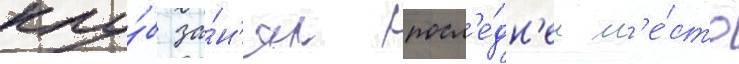
клу́б за́н'ял посл'е́дн'ее м'е́сто